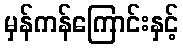
မှန်ကန်ကြောင်းနှင့်